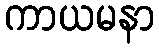
ကာယမနာ